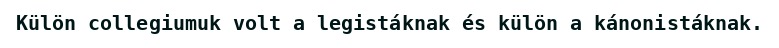
Külön collegiumuk volt a legistáknak és külön a kánonistáknak.